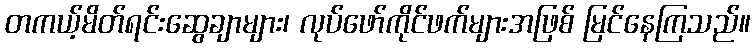
တကယ့်မိတ်ရင်းဆွေချာများ၊ လုပ်ဖော်ကိုင်ဖက်များအဖြစ် မြင်နေကြသည်။